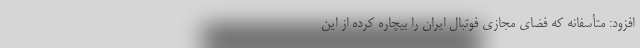
افزود: متأسفانه که فضای مجازی فوتبال ایران را بیچاره کرده از این